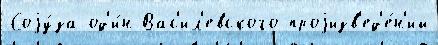
Соjу́за од'и́н Вас'ил'евского проjизв'ед'е́н'ий